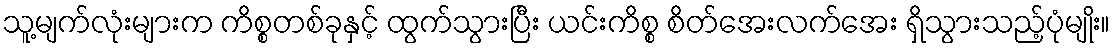
သူ့မျက်လုံးများက ကိစ္စတစ်ခုနှင့် ထွက်သွားပြီး ယင်းကိစ္စ စိတ်အေးလက်အေး ရှိသွားသည့်ပုံမျိုး။